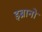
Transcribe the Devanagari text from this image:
इब्रानो